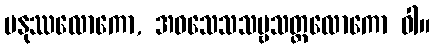
မနုဿလောကော, အဝသေသသဗ္ဗသတ္တလောကော ဝါ။